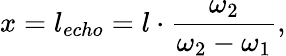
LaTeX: x=l_{echo}=l\cdot\frac{\omega_{2}}{\omega_{2}-\omega_{1}},